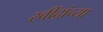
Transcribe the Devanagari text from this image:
रवींद्रांच्या